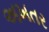
અખતર